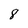
Character: 8